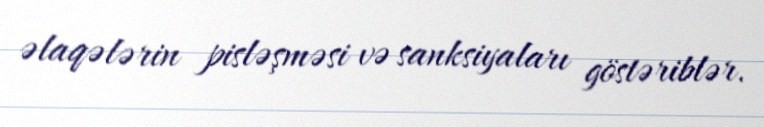
əlaqələrin pisləşməsi və sanksiyaları göstəriblər.